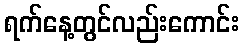
ရက်နေ့တွင်လည်းကောင်း